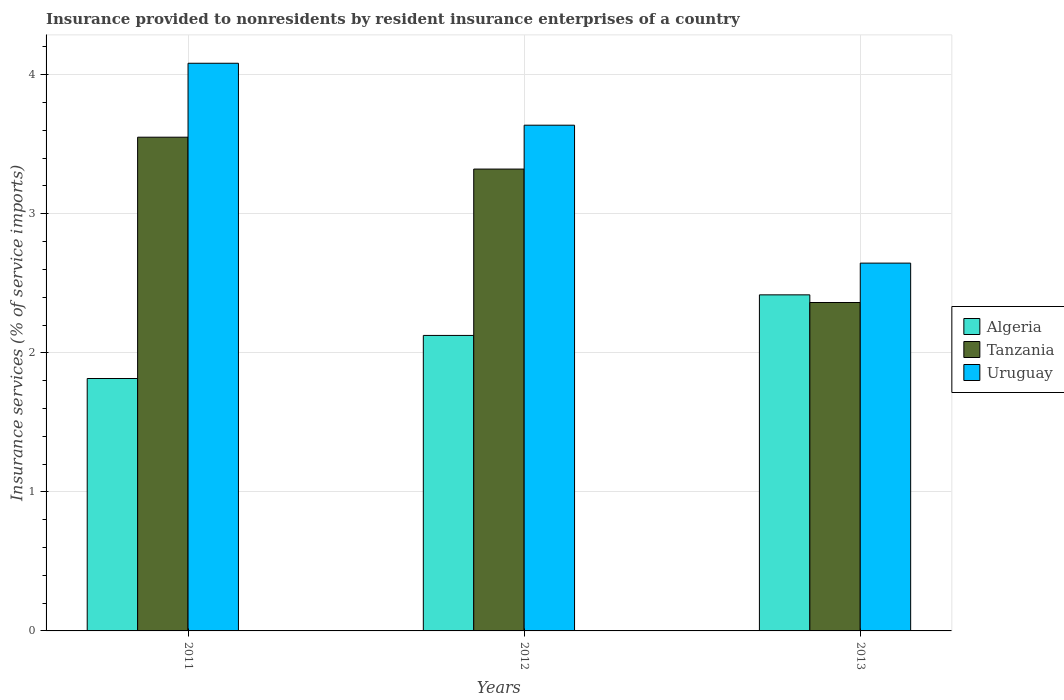
| Years | Algeria | Tanzania | Uruguay |
 | --- | --- | --- | --- |
 | 2011 | 1.82 | 3.55 | 4.08 |
 | 2012 | 2.12 | 3.32 | 3.64 |
 | 2013 | 2.42 | 2.36 | 2.65 |